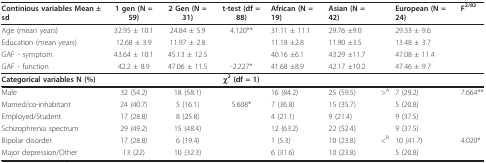
<table><thead><tr><td><b>Continious variables Mean ± sd</b></td><td><b>1 gen (N = 59)</b></td><td><b>2 Gen (N = 31)</b></td><td><b>t-test (df = 88)</b></td><td><b>African (N = 19)</b></td><td><b>Asian (N = 42)</b></td><td></td><td><b>European (N = 24)</b></td><td><b>F<sup>2/82</sup></b></td></tr></thead><tbody><tr><td>Age (mean years)</td><td>32.95 ± 10.1</td><td>24.84 ± 5.9</td><td>4.120**</td><td>31.11 ± 11.1</td><td>29.76 ±9.0</td><td></td><td>29.33 ± 9.6</td><td></td></tr><tr><td>Education (mean years)</td><td>12.68 ± 3.9</td><td>11.97 ± 2.8</td><td></td><td>11.18 ±2.8</td><td>11.90 ±3.5</td><td></td><td>13.48 ± 3.7</td><td></td></tr><tr><td>GAF - symptom</td><td>43.64 ± 10.1</td><td>45.13 ± 12.5</td><td></td><td>40.16 ±6.1</td><td>43.29 ±11.7</td><td></td><td>47.08 ± 11.4</td><td></td></tr><tr><td>GAF - function</td><td>42.2 ± 8.9</td><td>47.06 ± 11.5</td><td>-2.227*</td><td>41.68 ±8.9</td><td>42.17 ±10.2</td><td></td><td>47.46 ± 9.7</td><td></td></tr><tr><td><b>Categorical variables N (%)</b></td><td></td><td></td><td><b>χ<sup>2 </sup>(df = 1)</b></td><td></td><td></td><td></td><td></td><td></td></tr><tr><td>Male</td><td>32 (54.2)</td><td>18 (58.1)</td><td></td><td>16 (84.2)</td><td>25 (59.5)</td><td>&gt;<sup>A</sup></td><td>7 (29.2)</td><td>7.664**</td></tr><tr><td>Married/co-inhabitant</td><td>24 (40.7)</td><td>5 (16.1)</td><td>5.608*</td><td>7 (36.8)</td><td>15 (35.7)</td><td></td><td>5 (20.8)</td><td></td></tr><tr><td>Employed/Student</td><td>17 (28.8)</td><td>8 (25.8)</td><td></td><td>4 (21.1)</td><td>9 (21.4)</td><td></td><td>9 (37.5)</td><td></td></tr><tr><td>Schizophrenia spectrum</td><td>29 (49.2)</td><td>15 (48.4)</td><td></td><td>12 (63.2)</td><td>22 (52.4)</td><td></td><td>9 (37.5)</td><td></td></tr><tr><td>Bipolar disorder</td><td>17 (28.8)</td><td>6 (19.4)</td><td></td><td>1 (5.3)</td><td>10 (23.8)</td><td>&lt;<sup>B</sup></td><td>10 (41.7)</td><td>4.020*</td></tr><tr><td>Major depression/Other</td><td>13 (22)</td><td>10 (32.3)</td><td></td><td>6 (31.6)</td><td>10 (23.8)</td><td></td><td>5 (20.8)</td><td></td></tr></tbody></table>